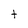
Character: t